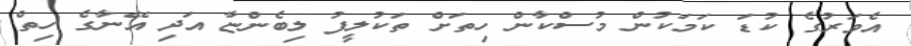
އެވަރުގެ ކުޑަ ކަމަކުން މުސްކާން ހިތަށް ތަކުލީފު ލިބެންޏާ އަދި އޭނާގެ ހިތް